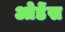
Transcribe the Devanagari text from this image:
ओडेंस